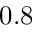
0 . 8